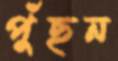
পুঁছন